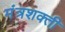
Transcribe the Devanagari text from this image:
मंत्रशक्ती